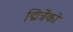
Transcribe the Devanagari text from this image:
द्मित्रेंको